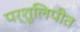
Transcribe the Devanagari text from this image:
पर्शुलिपीत